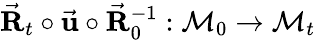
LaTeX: \vec{\mathbf R}_{t}\circ\vec{\mathbf u}\circ\vec{\mathbf R}_{0}^{-1}:\mathcal{M}_{0}\rightarrow\mathcal{M}_{t}